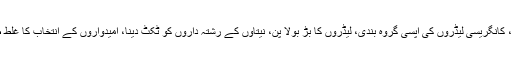
اس رپورٹ نے کچھ نکات کو نشان زد کیا، جیسے تنظیم کی کمزوری، زمینی کارکنوں کی اندیکھی، کانگریسی لیڈروں کی آپسی گروہ بندی، لیڈروں کا بڑ بولا پن، نیتاؤں کے رشتہ داروں کو ٹکٹ دینا، امیدواروں کے انتخاب کا غلط طریقہ، بٹلہ ہاؤس اور مسلم ریزرویشن جیسے ایشوز اٹھانے کا غلط اثر اور پارٹی میں غیر شائستگی۔